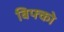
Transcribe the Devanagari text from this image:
बिफ्को